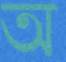
অ